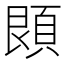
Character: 䫀